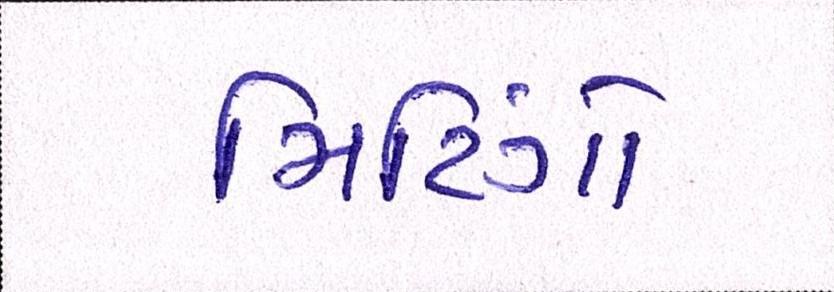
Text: મિટિંગો